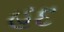
હદ